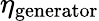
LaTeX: \eta_{\mathrm{generator}}